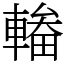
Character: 輽